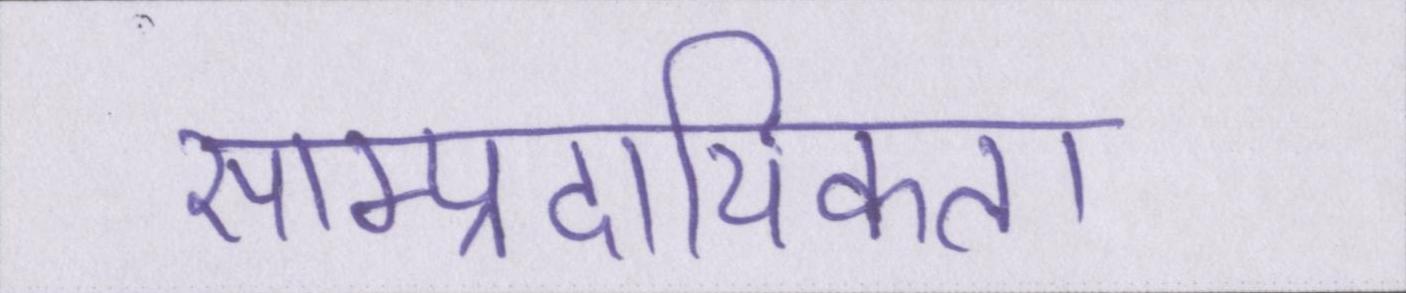
साम्प्रदायिकता